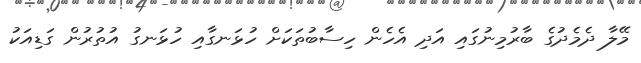
މޭލާ ދެމެދުގެ ބާރުމިނުގައި އަދި އެހެން ހިސާބުތަކަށް ހުޅަނގާއި ހުޅަނގު އުތުރުން ގަޑިއަކު